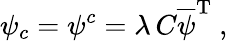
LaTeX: \psi_{c}=\psi^{c}=\lambda\, C\overline{{{\psi}}}^{\mathrm{T}}\ ,